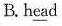
B. h\underline{ea}d